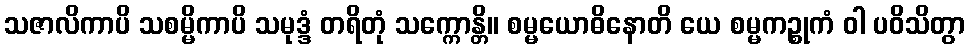
သဇာလိကာပိ သစမ္မိကာပိ သမုဒ္ဒံ တရိတုံ သက္ကောန္တိ။ စမ္မယောဓိနောတိ ယေ စမ္မကဉ္စုကံ ဝါ ပဝိသိတွာ